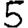
Digit: 5